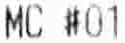
MC #01